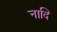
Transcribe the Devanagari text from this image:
नादि